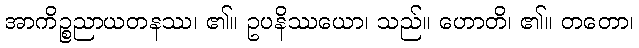
အာကိဉ္စညာယတနဿ၊ ၏။ ဥပနိဿယော၊ သည်။ ဟောတိ၊ ၏။ တတော၊